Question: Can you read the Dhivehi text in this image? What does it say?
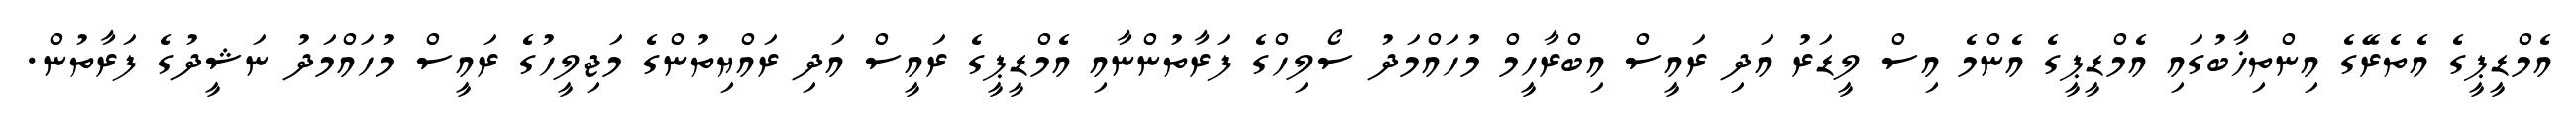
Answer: އެމްޑީޕީގެ އެތެރޭގެ އިންތިޚާބުގައި އެމްޑީޕީގެ އެންމެ އިސް ލީޑަރު އަދި ރައީސް އިބްރާހީމް މުހައްމަދު ސޯލިހްގެ ފަރާތުންނާއި އެމްޑީޕީގެ ރައީސް އަދި ރައްޔިތުންގެ މަޖިލީހުގެ ރައީސް މުހައްމަދު ނަޝީދުގެ ފަރާތުން.